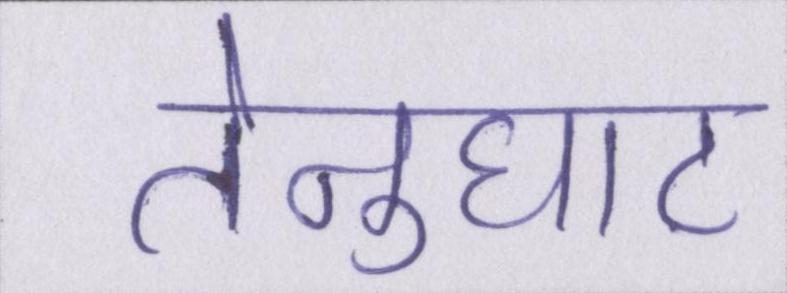
तेनुघाट